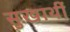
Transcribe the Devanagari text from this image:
सुखार्थी